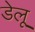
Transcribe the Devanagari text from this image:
डेलू